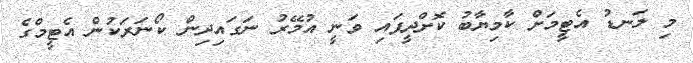
މި ލަނޑު އެޓީމަށް ކާމިޔާބު ކޮށްދީފައި ވަނީ އުމޭރު ނަގައިދިން ކޯނަރަކުން އެޓީމްގެ